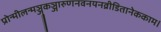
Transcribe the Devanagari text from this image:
प्रोन्मीलन्मञ्जुकञ्जारुणनवनयनव्रीडितानेककाम।